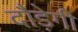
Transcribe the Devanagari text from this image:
दौड़ेगी